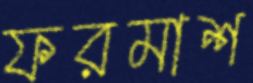
ফরমাশ